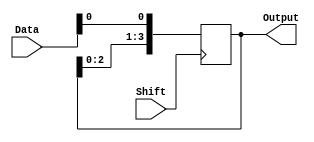
module ShiftRegister4bit(
  input [3:0] Data,
  input Shift,
  output [3:0] Output
);
  wire [3:0] Output;
  always @(posedge Shift) begin
    if (Shift)
      Output <= {Output[2:0], Data[0]};
    else
      Output <= Data;
  end
endmodule